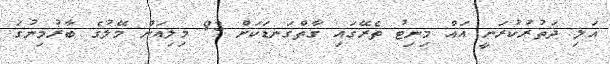
އަލި ދަތުރުކުރަނީ އައް މިނިޓު ތެރޭގައި ގާތްގަނޑަކަށް 93 މިލިއަން މޭލުގެ ބާރުމިނުގަ